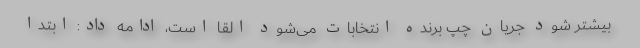
بیشتر شود جریان چپ برنده انتخابات می‌شود القا است، ادامه داد: ابتدا